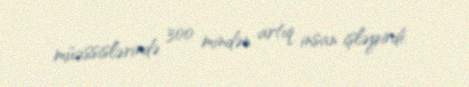
müəssislərində 300 mindən artıq insan işləyirdi.